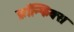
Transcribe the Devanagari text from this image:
फ्रॉन्फिक्स